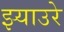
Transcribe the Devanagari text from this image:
झ्याउरे